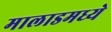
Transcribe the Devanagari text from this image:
मालाडमध्ये